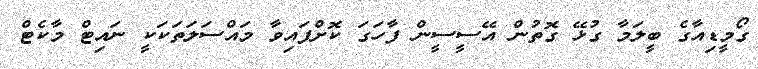
ގޯމީޑިއާގެ ބީލަމާ ގުޅޭ ގޮތުން އޭސީސީން ފާހަގަ ކޮށްފައިވާ މައްސަލަތަކަކީ ނައިޓް މާކެޓް